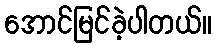
အောင်မြင်ခဲ့ပါတယ်။